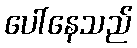
ပေါ်နေသည်